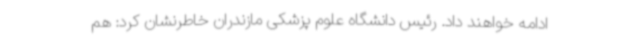
ادامه خواهند داد. رئیس دانشگاه علوم پزشکی مازندران خاطرنشان کرد: هم